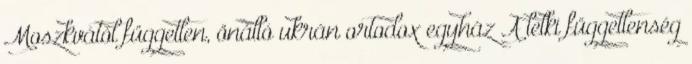
Moszkvától független, önálló ukrán ortodox egyház A lelki függetlenség